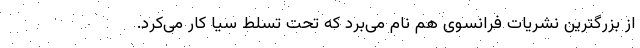
از بزرگترین نشریات فرانسوی هم نام می‌برد که تحت تسلط سیا کار می‌کرد.